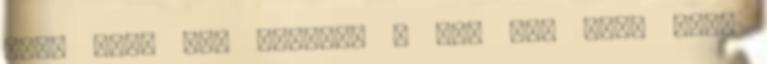
Ifi: 3-4. Ágó Ferenc: – Nem sok köze volt